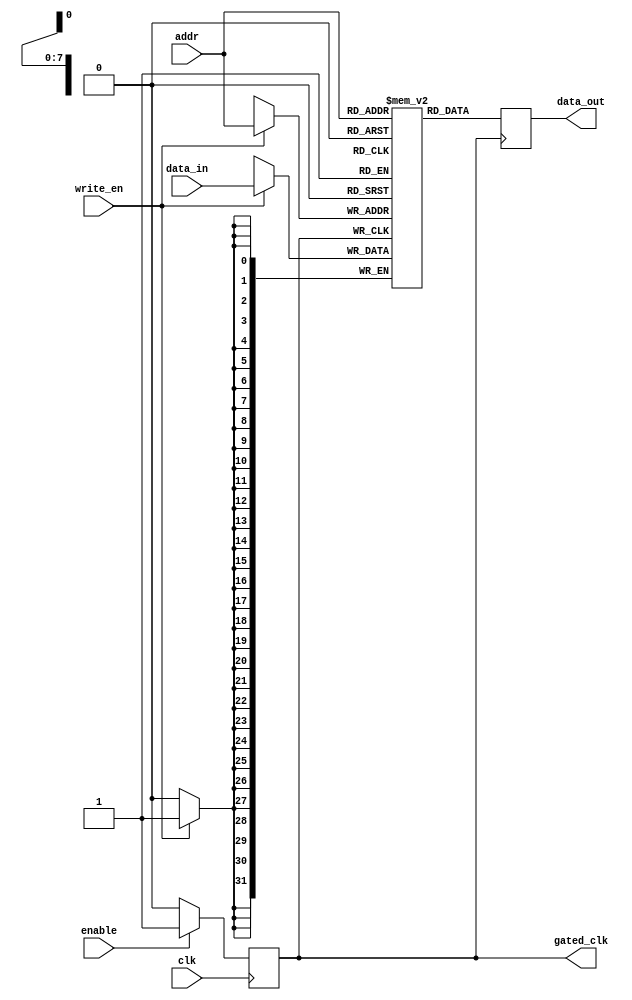
module MemoryBlocksDCG #(parameter ADDR_WIDTH=8, DATA_WIDTH=32, MEM_SIZE=256) (
    input wire clk,                  // Original clock signal
    input wire enable,               // Control signal to indicate activity
    input wire [ADDR_WIDTH-1:0] addr, // Address input for read/write
    input wire [DATA_WIDTH-1:0] data_in, // Data input for write operations
    input wire write_en,             // Write enable signal
    output reg [DATA_WIDTH-1:0] data_out, // Data output for read operations
    output wire gated_clk             // Gated clock signal
);

// Memory array
reg [DATA_WIDTH-1:0] memory [0:MEM_SIZE-1];

// Clock gating logic
reg gated_clk_int;

// Gated clock generation based on activity
always @(posedge clk) begin
    if (enable) begin
        gated_clk_int <= 1'b1; // Enable clock when activity is detected
    end else begin
        gated_clk_int <= 1'b0; // Disable clock when no activity
    end
end

assign gated_clk = gated_clk_int;

// Memory operation (Read/Write)
always @(posedge gated_clk) begin
    if (write_en) begin
        memory[addr] <= data_in; // Write data to memory
    end
    data_out <= memory[addr]; // Read data from memory
end

endmodule